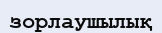
зорлаушылық